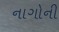
નાગોની